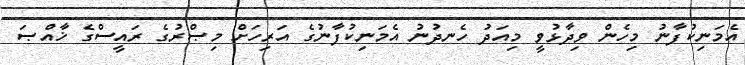
އެމަނިކުފާނު މިހެން ވިދާޅުވީ މިއަދު ހެނދުނު އެމަނިކުފާނުގެ އަރިހަށް މިޞްރުގެ ރައީސްގެ ޚާއްޞަ